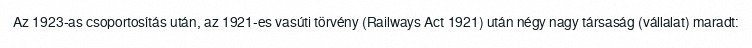
Az 1923-as csoportosítás után, az 1921-es vasúti törvény (Railways Act 1921) után négy nagy társaság (vállalat) maradt: